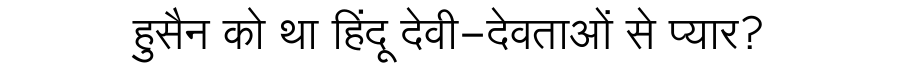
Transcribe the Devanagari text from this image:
हुसैन को था हिंदू देवी-देवताओं से प्यार?